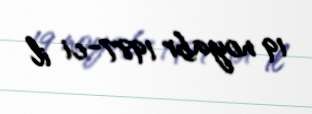
19 noyabr 1987-ci il